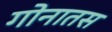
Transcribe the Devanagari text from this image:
गोनातस